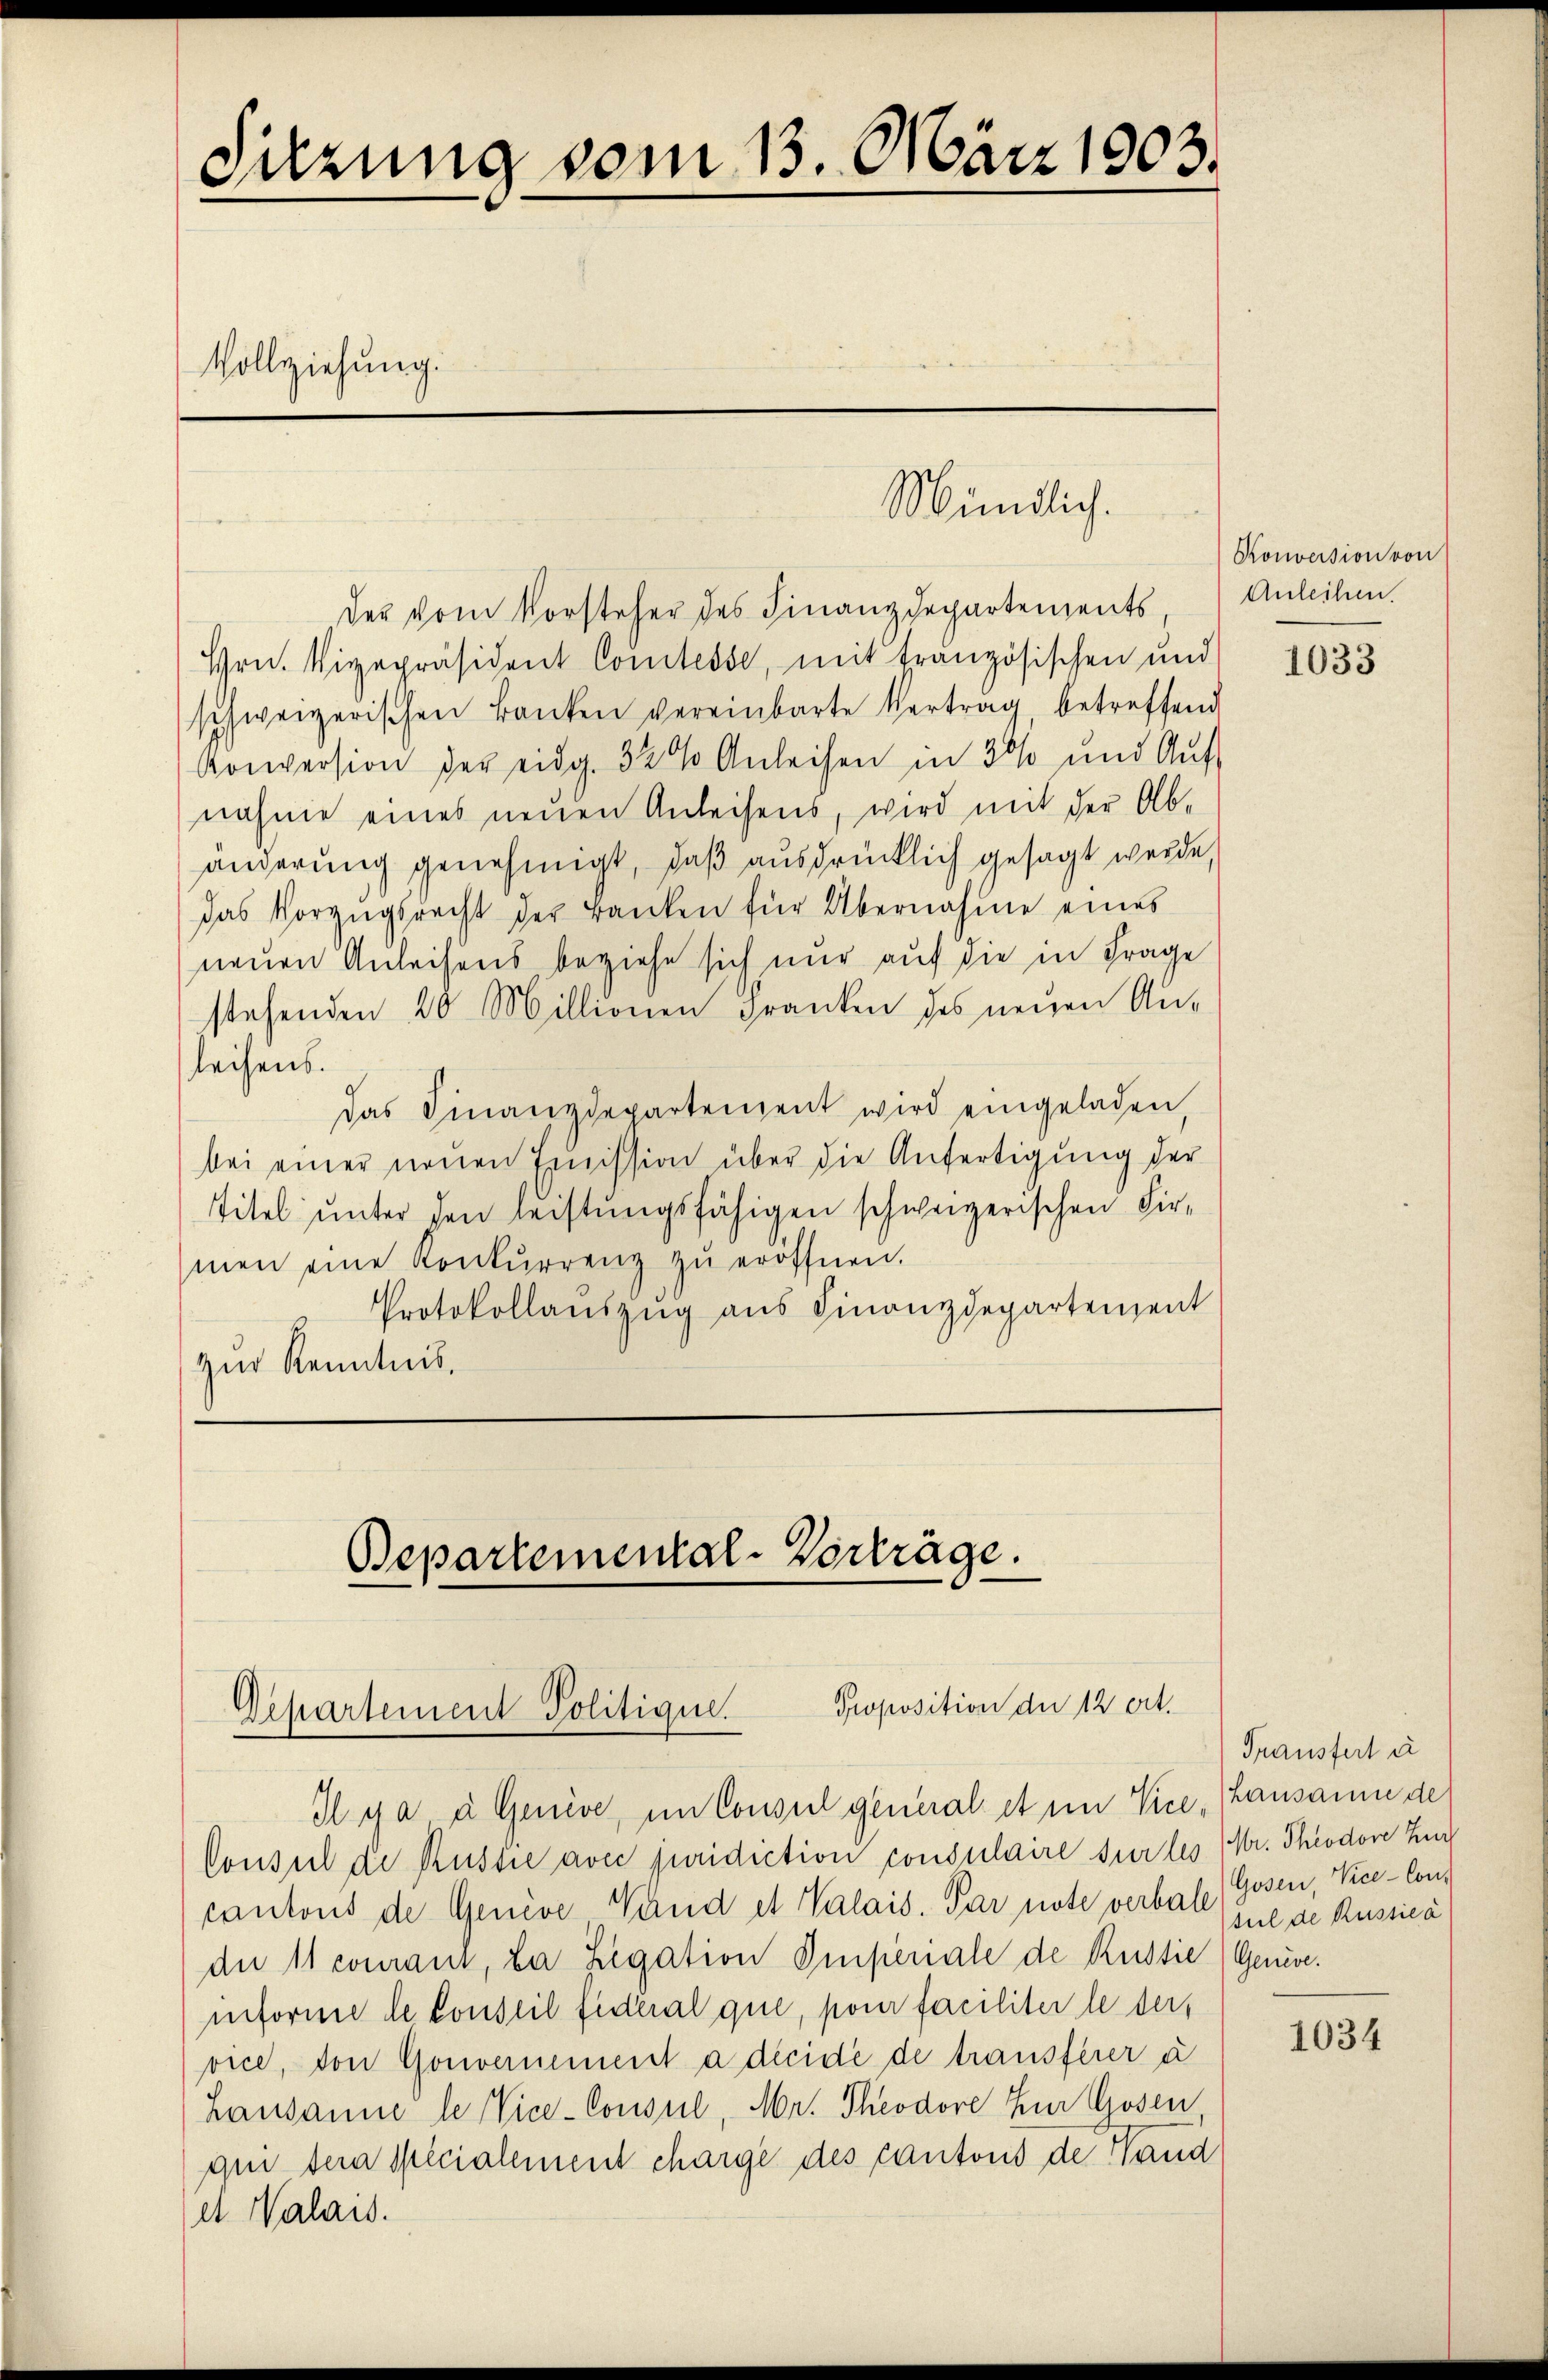
Sitzung vom 13. März 1903.
Vollziehung.

Mündlich.

der vom Vorsteher des Finanzdepartements,
Hrn. Vizepräsident Comtesse, mit tranzösischen und
schweizerischen Banken vereinbarte Vertrag, betreffend
Konversion der eidg. 32 % Anleihen in 30% und Aŭf
nahme eines neuen Anleihens, wird mit der Ab-
änderung genehmigt, daß ausdrücklich gesagt werde,
das Vorzugsrecht der Banken für Übernahme eines
neuen Anleihens beziehe sich nur auf die in Frage
stehenden 20 Millionen Franken des neuen An-
leihens.
das Finanzdepartement wird eingeladen,
bei einer neuen Emission über die Anfertigung der
Titel unter den leistungsfähigen schweizerischen Firmen eine Konkurrenz zŭ eröffnen.
Protokollauszug aus Finanzdepartement
zur Kenntnis.

Bepartemental-Vorträge.

Proposition der 12 ert.
Departement Politique.

I ya a Genève, im Consul general et im Vice, (Lausanne de
Consul de Russie avec juridiction consulaire sur les (Vr. Theodore Zu
cantons de Genève Wand et Valais. Par note verbale
du 11 courant, da Legation Impenale de Russie) Geneveniforme le conseil fideral que, pour faciliter le der,
vice, von Gouvernement à décidé de transfeier à
Lausanne le Vice-Consul, Mr. Theodore zur Gosen
qui sein Specialement charge des cantons de Hand
et Nalais.

Konversion von
Anleihen.

1033

Trausfert u
Gosen, Vice-Con-
tul de Russica

1034